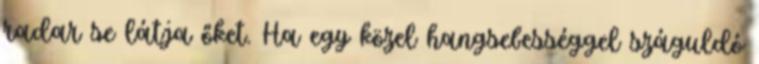
radar se látja őket. Ha egy közel hangsebességgel száguldó